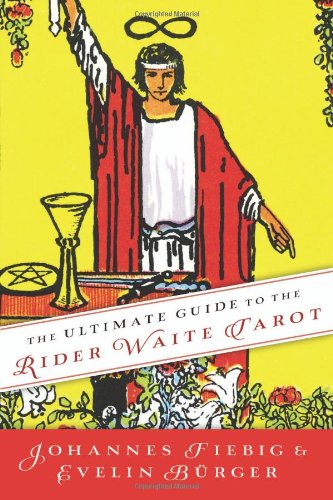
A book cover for The Ultimate Guide to the Rider Waite Tarot; Johannes Fiebig; Religion & Spirituality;